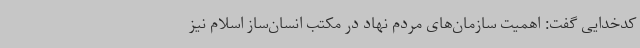
کدخدایی گفت: اهمیت سازمان‌های مردم نهاد در مکتب انسان‌ساز اسلام نیز